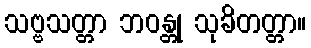
သဗ္ဗသတ္တာ ဘဝန္တု သုခိတတ္တာ။